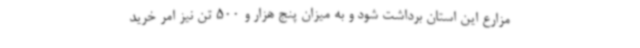
مزارع این استان برداشت شود و به میزان پنج هزار و 500 تن نیز امر خرید